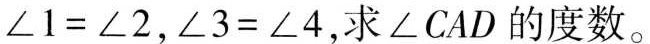
$$∠ 1=∠ 2$$，$$∠ 3=∠ 4$$，求∠ C A D的度数。